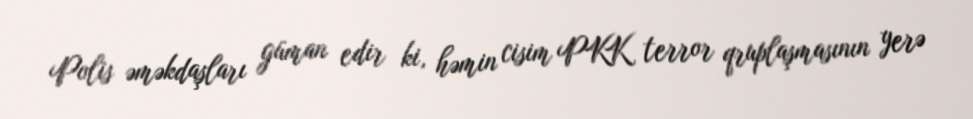
Polis əməkdaşları güman edir ki, həmin cisim PKK terror qruplaşmasının yerə